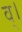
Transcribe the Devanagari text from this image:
व्।